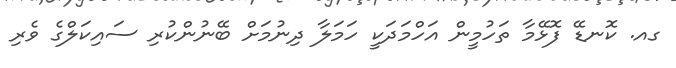
ގއ. ކޮނޑޭ ފޮޅޭމާ ތަހުމީން އަހްމަދަކީ ހަމަލާ ދިނުމަށް ބޭނުންކުރި ސައިކަލްގެ ވެރި